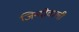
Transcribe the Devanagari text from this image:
जिन्दोवाली